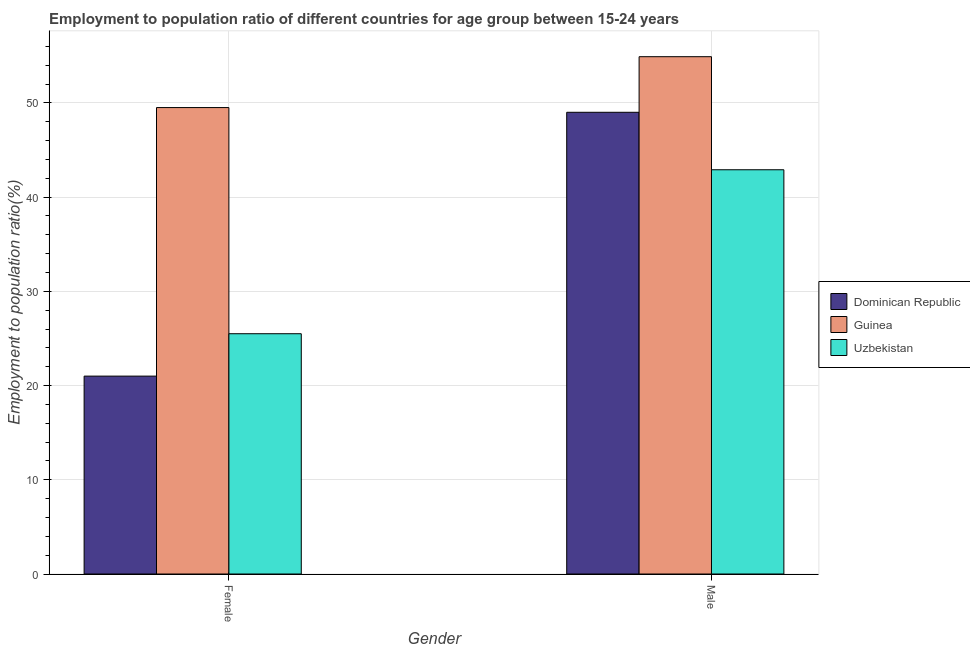
| Gender | Dominican Republic | Guinea | Uzbekistan |
 | --- | --- | --- | --- |
 | Female | 21 | 49.5 | 25.5 |
 | Male | 49 | 54.9 | 42.9 |